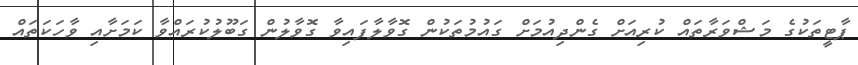
ޕާޓީތަކުގެ މަޝްވަރާތައް ކުރިއަށް ގެންދިއުމަށް ގައުމުތަކުން ގޮވާލާފައިވާ ގޮވާލުން ގަބޫލުކުރައްވާ ކަމަށާއި ވާހަކަތައް